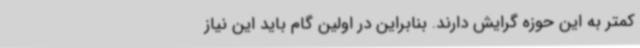
کمتر به این حوزه گرایش دارند. بنابراین در اولین گام باید این نیاز